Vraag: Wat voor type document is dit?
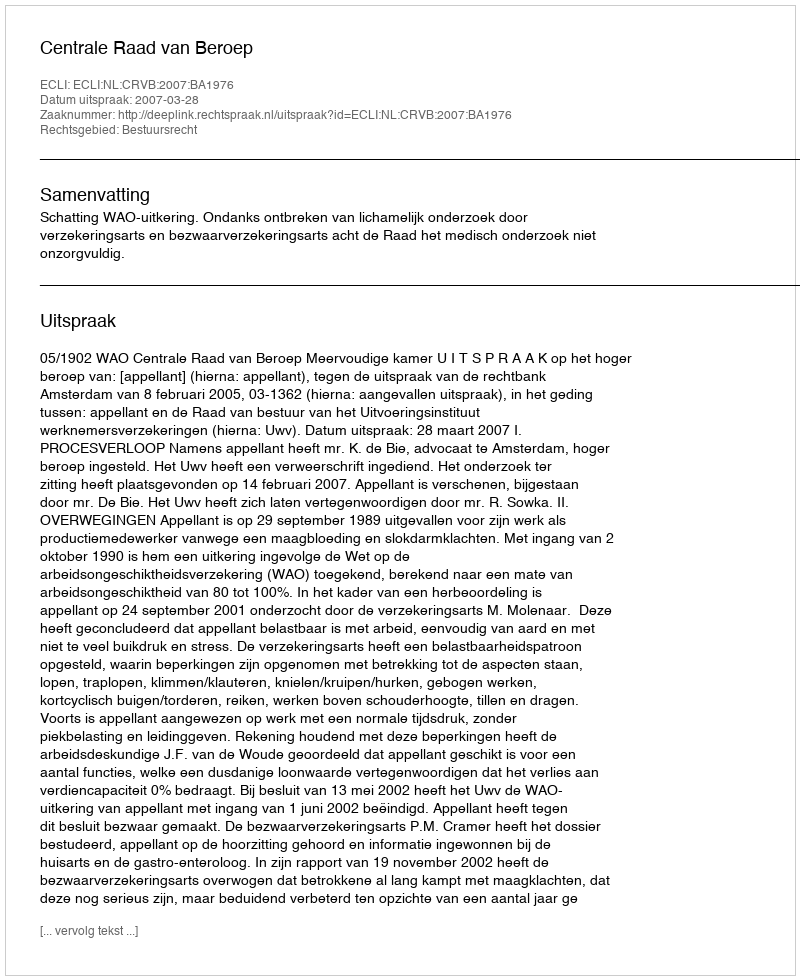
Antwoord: Uitspraak